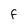
Character: F